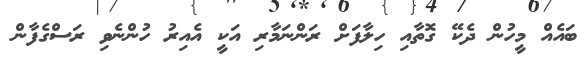
ބައެއް މީހުން ދެކޭ ގޮތާއި ހިލާފަށް ރަންނަމާރި އަކީ އެއިރު ހުންނެވި ރަސްގެފާން